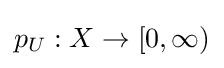
p_{U}:X\to [0,\infty )